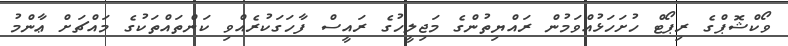
ވޯކްޝޮޕްގެ ރިޕޯޓް ހުށަހަޅުއްވަމުން ރައްޔިތުންގެ މަޖިލީހުގެ ރައީސް ފާހަގަކުރެއްވި ކަންތައްތަކުގެ މައްޗަށް ޢާންމު